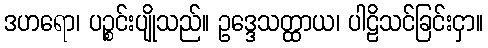
ဒဟရော၊ ပဉ္စင်းပျိုသည်။ ဥဒ္ဒေသတ္ထာယ၊ ပါဠိသင်ခြင်းငှာ။